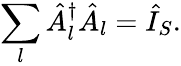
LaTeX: \sum_{l}{\hat{A}}_{l}^{\dagger}{\hat{A}}_{l}={\hat{I}}_{S}.